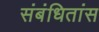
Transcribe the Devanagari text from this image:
संबंधितांस